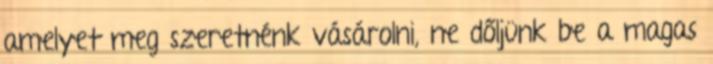
amelyet meg szeretnénk vásárolni, ne dőljünk be a magas